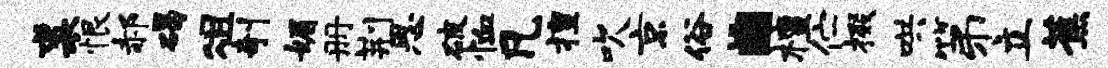
裘恨郝碣俎剞媚册荆思破恤凡擅吹京俗。檀伫掇哄第立蕉